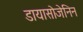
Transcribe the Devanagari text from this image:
डायासोजेनिन